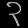
Digit: ၃